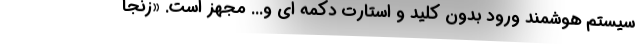
سیستم هوشمند ورود بدون کلید و استارت دکمه ای و... مجهز است. «زنجا